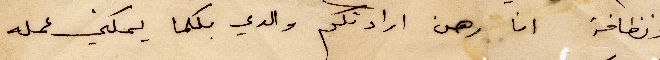
ونظافة انا رهن ارادتكم والدي بكلما يمكني عمله